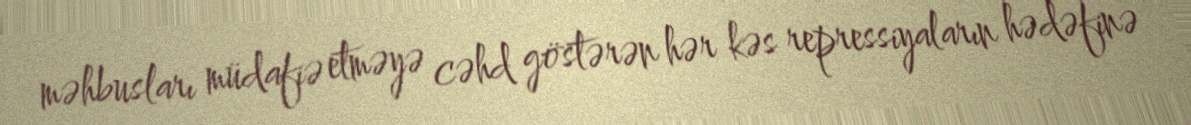
məhbusları müdafiə etməyə cəhd göstərən hər kəs repressiyaların hədəfinə